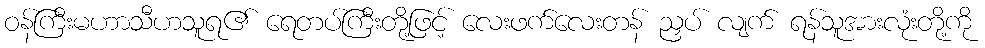
ဝန်ကြီးမဟာသီဟသူရ၏ ရေတပ်ကြီးတို့ဖြင့် လေးဖက်လေးတန် ညှပ် လျက် ရန်သူအားလုံးတို့ကို